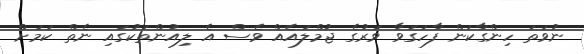
ނުވަތަ ހިންގާކަން ފާހަގަވާ ވަރުގެ ޖުމްލައެއް ވެސް އެ ލިއުންތަކުގައި ނެތް ކަމަށް